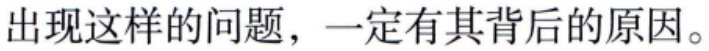
出现这样的问题，一定有其背后的原因。